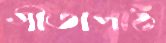
গীতাপাঠ